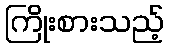
ကြိုးစားသည့်